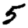
Digit: 5